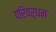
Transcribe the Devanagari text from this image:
परिवर्धन